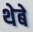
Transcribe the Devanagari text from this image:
थेबे